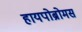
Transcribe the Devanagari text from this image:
हायपोब्रोमस